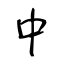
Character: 中